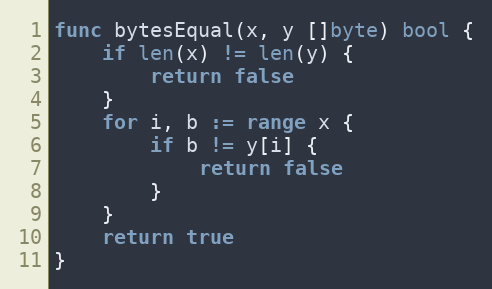
Language: Go
func bytesEqual(x, y []byte) bool {
	if len(x) != len(y) {
		return false
	}
	for i, b := range x {
		if b != y[i] {
			return false
		}
	}
	return true
}